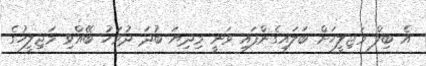
އެ ބިލް މަޖިލީހަށް ބަލައިގެންފައި ވަނީ މިދިޔަ ބުދަ ދުވަހު ބޭއްވި މަޖިލީހުގެ